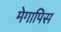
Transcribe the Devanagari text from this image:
मेगापिस